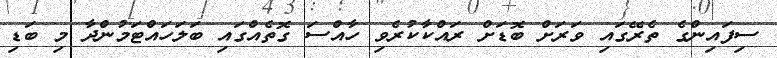
ސިފައިންގެ ތެރޭގައި ވަރަށް ބޮޑަށް ރައްކާކުރެވި ހާއްސަ ގޮތެއްގައި ބަލަހައްޓަމުންދާ މި ބަޑި